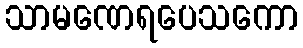
သာမဏေရပေသကော